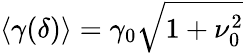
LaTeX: \langle\gamma(\delta)\rangle=\gamma_{0}\sqrt{1+\nu_{0}^{2}}